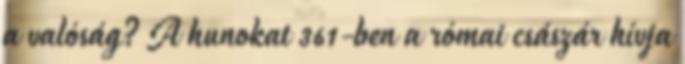
a valóság? A hunokat 361-ben a római császár hívja